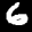
Label: 6